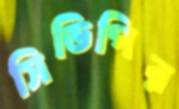
সিডিপির